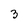
Character: 3